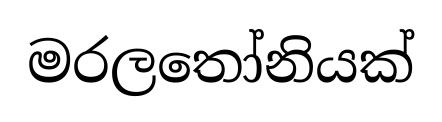
මරලතෝනියක්